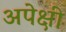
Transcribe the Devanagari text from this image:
अपेक्षी